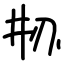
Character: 刱